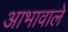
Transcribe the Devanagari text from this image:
आभावाले